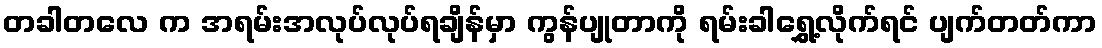
တခါတလေ က အရမ်းအလုပ်လုပ်ရချိန်မှာ ကွန်ပျုတာကို ရမ်းခါရွှေ့လိုက်ရင် ပျက်တတ်ကာ